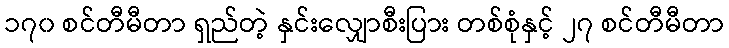
၁၇၀ စင်တီမီတာ ရှည်တဲ့ နှင်းလျှောစီးပြား တစ်စုံနှင့် ၂၇ စင်တီမီတာ